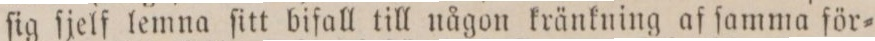
ſig ſjelf lemna ſitt bifall till någon kränkning af ſamma för=